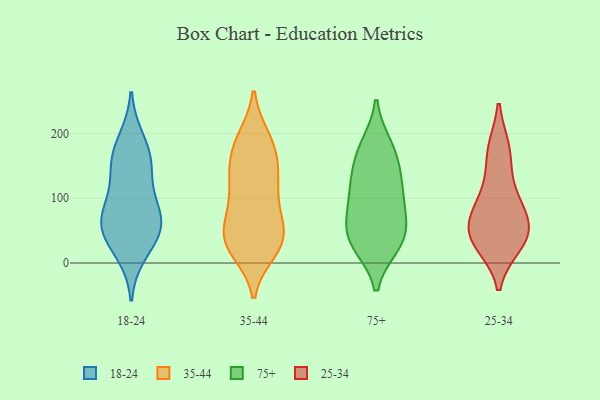
{"axis": {"x": "Website Visitors", "y": "Value"}, "legend": ["18-24", "25-34", "35-44", "75+"], "data": [{"x": "", "y": 17, "type": "18-24"}, {"x": "", "y": 144, "type": "18-24"}, {"x": "", "y": 46, "type": "18-24"}, {"x": "", "y": 166, "type": "18-24"}, {"x": "", "y": 189, "type": "18-24"}, {"x": "", "y": 91, "type": "18-24"}, {"x": "", "y": 49, "type": "18-24"}, {"x": "", "y": 150, "type": "18-24"}, {"x": "", "y": 82, "type": "18-24"}, {"x": "", "y": 55, "type": "18-24"}, {"x": "", "y": 67, "type": "18-24"}, {"x": "", "y": 19, "type": "35-44"}, {"x": "", "y": 30, "type": "35-44"}, {"x": "", "y": 85, "type": "35-44"}, {"x": "", "y": 168, "type": "35-44"}, {"x": "", "y": 39, "type": "35-44"}, {"x": "", "y": 186, "type": "35-44"}, {"x": "", "y": 61, "type": "35-44"}, {"x": "", "y": 153, "type": "35-44"}, {"x": "", "y": 81, "type": "35-44"}, {"x": "", "y": 39, "type": "35-44"}, {"x": "", "y": 26, "type": "35-44"}, {"x": "", "y": 192, "type": "35-44"}, {"x": "", "y": 125, "type": "35-44"}, {"x": "", "y": 109, "type": "35-44"}, {"x": "", "y": 27, "type": "35-44"}, {"x": "", "y": 139, "type": "35-44"}, {"x": "", "y": 190, "type": "35-44"}, {"x": "", "y": 49, "type": "35-44"}, {"x": "", "y": 131, "type": "35-44"}, {"x": "", "y": 156, "type": "75+"}, {"x": "", "y": 71, "type": "75+"}, {"x": "", "y": 181, "type": "75+"}, {"x": "", "y": 111, "type": "75+"}, {"x": "", "y": 177, "type": "75+"}, {"x": "", "y": 31, "type": "75+"}, {"x": "", "y": 28, "type": "75+"}, {"x": "", "y": 55, "type": "75+"}, {"x": "", "y": 29, "type": "75+"}, {"x": "", "y": 53, "type": "75+"}, {"x": "", "y": 136, "type": "75+"}, {"x": "", "y": 95, "type": "75+"}, {"x": "", "y": 114, "type": "75+"}, {"x": "", "y": 81, "type": "25-34"}, {"x": "", "y": 56, "type": "25-34"}, {"x": "", "y": 87, "type": "25-34"}, {"x": "", "y": 45, "type": "25-34"}, {"x": "", "y": 174, "type": "25-34"}, {"x": "", "y": 30, "type": "25-34"}, {"x": "", "y": 38, "type": "25-34"}, {"x": "", "y": 113, "type": "25-34"}, {"x": "", "y": 171, "type": "25-34"}, {"x": "", "y": 40, "type": "25-34"}]}